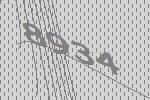
8934